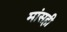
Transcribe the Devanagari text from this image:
मांसही